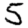
Digit: 5